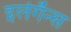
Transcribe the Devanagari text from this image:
इलेगॅन्स